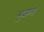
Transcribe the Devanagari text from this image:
भुजण्ग